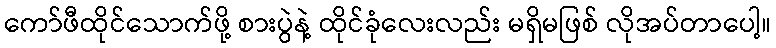
ကော်ဖီထိုင်သောက်ဖို့ စားပွဲနဲ့ ထိုင်ခုံလေးလည်း မရှိမဖြစ် လိုအပ်တာပေါ့။